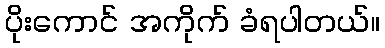
ပိုးကောင် အကိုက် ခံရပါတယ်။